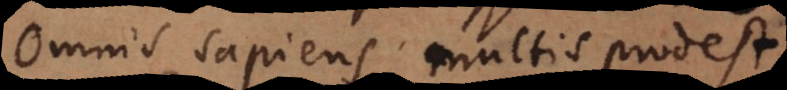
Omnis sapiens multis prodest.